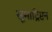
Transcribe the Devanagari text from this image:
सूमाट्रिप्टन